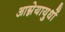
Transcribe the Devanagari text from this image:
आग्नेयायुधों